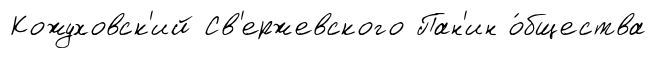
Кожуховск'ий Св'ержевского Пан'ин о́бщества